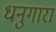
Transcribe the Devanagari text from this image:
धनुगारा